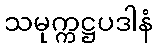
သမုက္ကဋ္ဌပဒါနံ